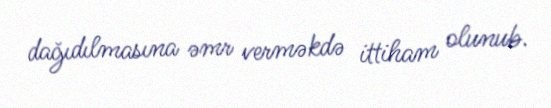
dağıdılmasına əmr verməkdə ittiham olunub.